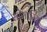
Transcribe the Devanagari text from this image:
सोमारिया